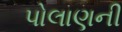
પોલાણની